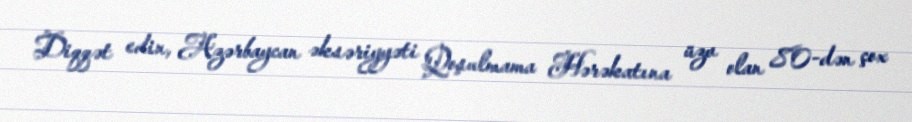
Diqqət edin, Azərbaycan əksəriyyəti Qoşulmama Hərəkatına üzv olan 80-dən çox